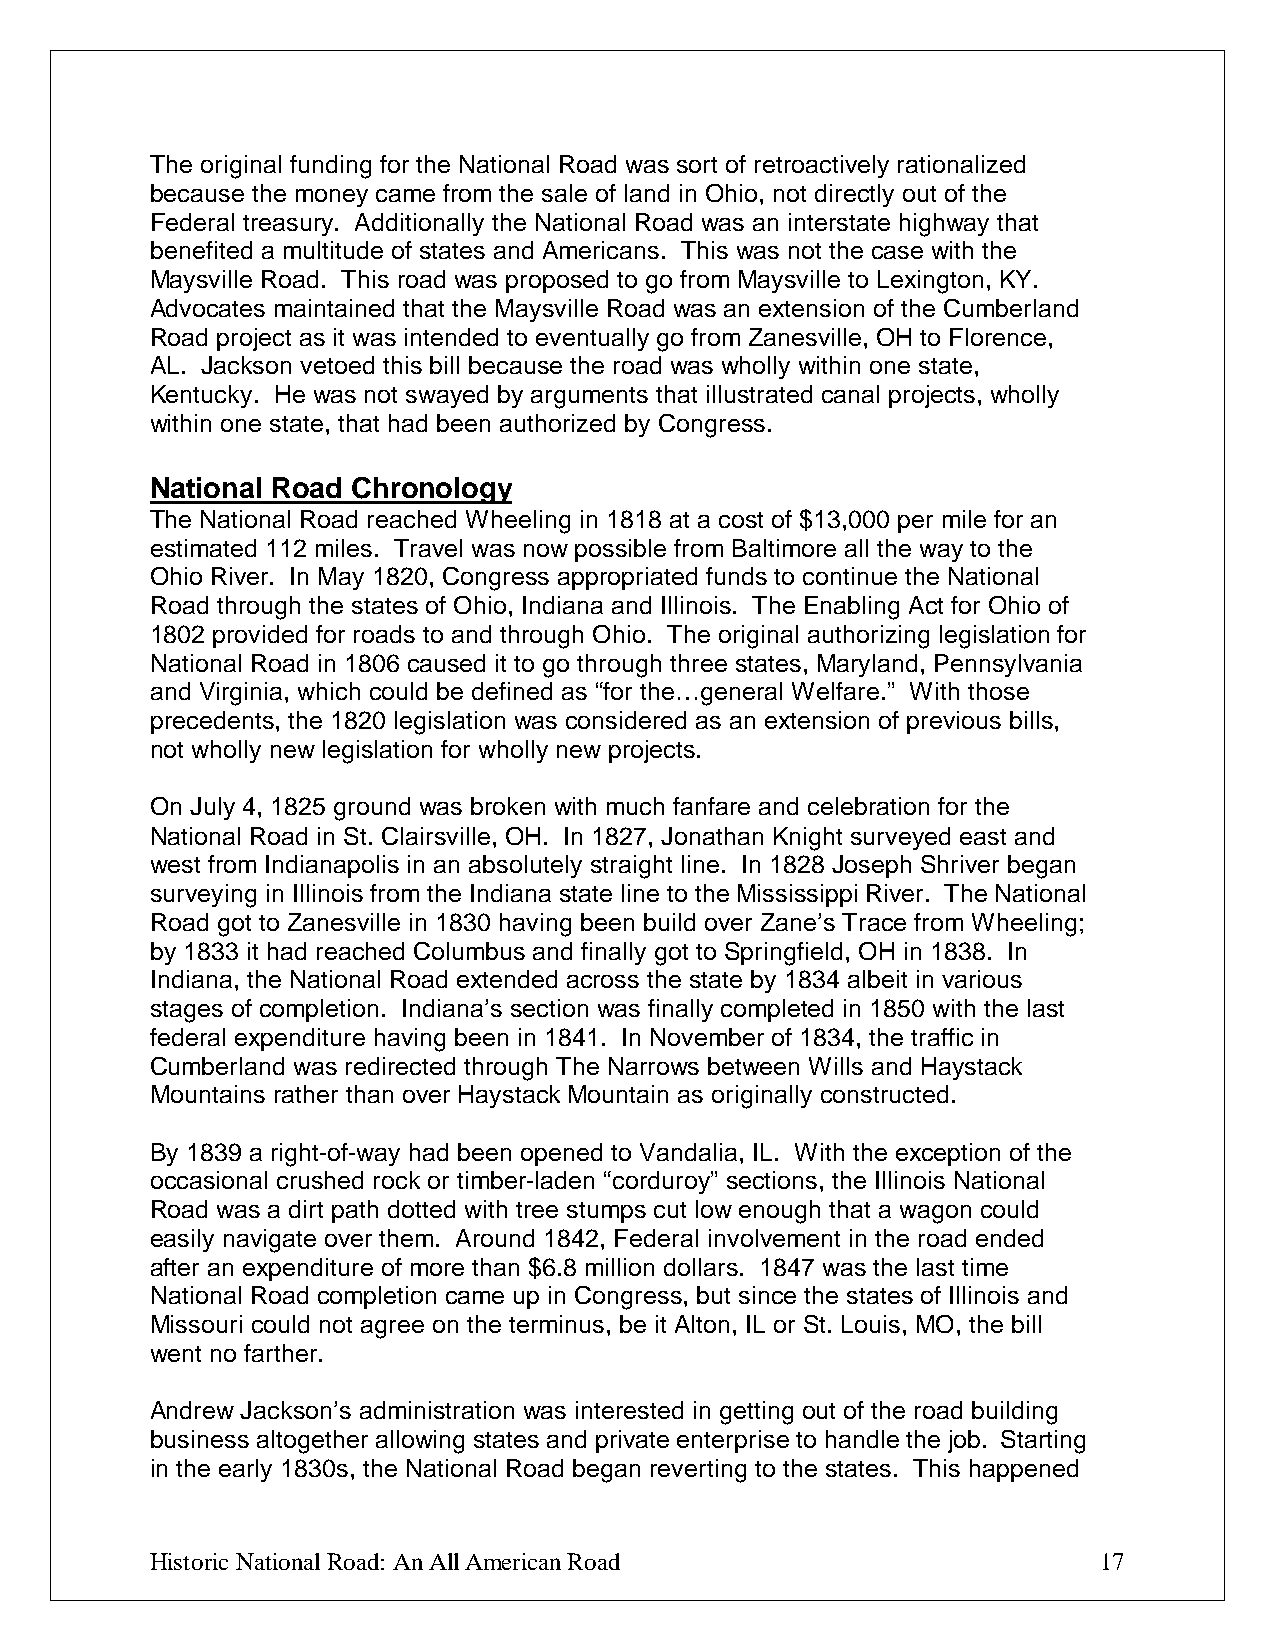
The original funding for the National Road was sort of retroactively rationalized
 because the money came from the sale of land in Ohio, not directly out of the
 Federal treasury. Additionally the National Road was an interstate highway that
 benefited a multitude of states and Americans. This was not the case with the
 Maysville Road. This road was proposed to go from Maysville to Lexington, KY.
 Advocates maintained that the Maysville Road was an extension of the Cumberland
 Road project as it was intended to eventually go from Zanesville, OH to Florence,
 AL. Jackson vetoed this bill because the road was wholly within one state,
 Kentucky. He was not swayed by arguments that illustrated canal projects, wholly
 within one state, that had been authorized by Congress.
 National Road Chronology
 The National Road reached Wheeling in 1818 at a cost of $13,000 per mile for an
 estimated 112 miles. Travel was now possible from Baltimore all the way to the
 Ohio River. In May 1820, Congress appropriated funds to continue the National
 Road through the states of Ohio, Indiana and Illinois. The Enabling Act for Ohio of
 1802 provided for roads to and through Ohio. The original authorizing legislation for
 National Road in 1806 caused it to go through three states, Maryland, Pennsylvania
 and Virginia, which could be defined as “for the…general Welfare.” With those
 precedents, the 1820 legislation was considered as an extension of previous bills,
 not wholly new legislation for wholly new projects.
 On July 4, 1825 ground was broken with much fanfare and celebration for the
 National Road in St. Clairsville, OH. In 1827, Jonathan Knight surveyed east and
 west from Indianapolis in an absolutely straight line. In 1828 Joseph Shriver began
 surveying in Illinois from the Indiana state line to the Mississippi River. The National
 Road got to Zanesville in 1830 having been build over Zane’s Trace from Wheeling;
 by 1833 it had reached Columbus and finally got to Springfield, OH in 1838. In
 Indiana, the National Road extended across the state by 1834 albeit in various
 stages of completion. Indiana’s section was finally completed in 1850 with the last
 federal expenditure having been in 1841. In November of 1834, the traffic in
 Cumberland was redirected through The Narrows between Wills and Haystack
 Mountains rather than over Haystack Mountain as originally constructed.
 By 1839 a right-of-way had been opened to Vandalia, IL. With the exception of the
 occasional crushed rock or timber-laden “corduroy” sections, the Illinois National
 Road was a dirt path dotted with tree stumps cut low enough that a wagon could
 easily navigate over them. Around 1842, Federal involvement in the road ended
 after an expenditure of more than $6.8 million dollars. 1847 was the last time
 National Road completion came up in Congress, but since the states of Illinois and
 Missouri could not agree on the terminus, be it Alton, IL or St. Louis, MO, the bill
 went no farther.
 Andrew Jackson’s administration was interested in getting out of the road building
 business altogether allowing states and private enterprise to handle the job. Starting
 in the early 1830s, the National Road began reverting to the states. This happened
 Historic National Road: An All American Road                   17